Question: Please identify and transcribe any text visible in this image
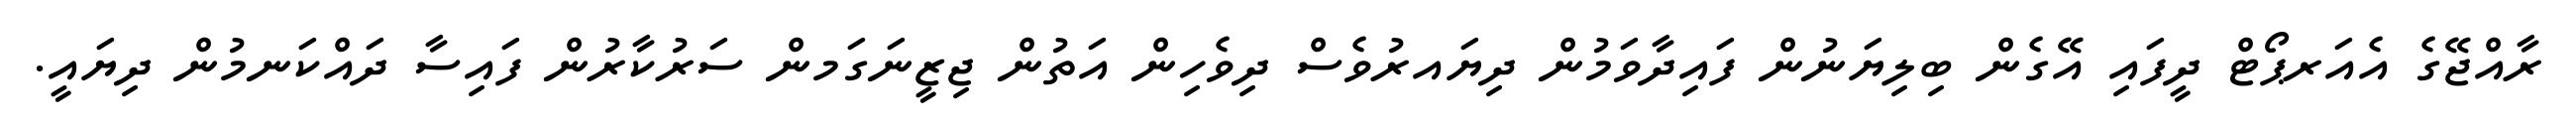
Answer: ރާއްޖޭގެ އެއަރޕޯޓް ދީފައި އޭގެން ބިލިޔަނުން ފައިދާވަމުން ދިޔައރުވެސް ދިވެހިން އަތުން ޖިޒީނަގަމން ސަރުކާރުން ފައިސާ ދައްކަނމުން ދިޔައީ.